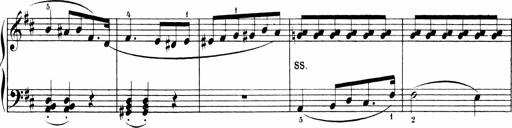
Title: 6 Sonatinas
Composer: Carl Reinecke